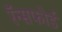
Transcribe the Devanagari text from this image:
रॅन्सफोर्ड